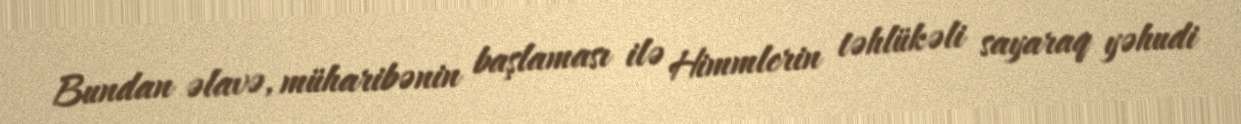
Bundan əlavə, müharibənin başlaması ilə Himmlerin təhlükəli sayaraq yəhudi